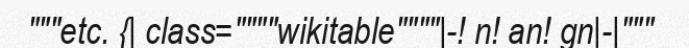
"""etc. {| class=""""wikitable""""|-! n! an! gn|-|"""